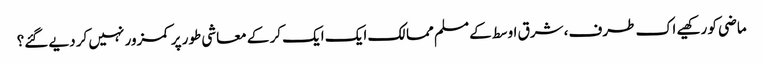
ماضی کو رکھیے اک طرف، شرق اوسط کے مسلم ممالک ایک ایک کر کے معاشی طور پر کمزور نہیں کر دیے گئے؟